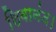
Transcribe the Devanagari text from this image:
शिवानंद।